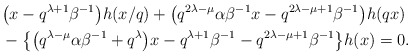
\begin{align*}&\big(x-q^{\lambda+1}\beta^{-1}\big)h(x/q) + \big(q^{2\lambda-\mu}\alpha\beta^{-1}x-q^{2\lambda-\mu+1}\beta^{-1}\big)h(qx) \\&{}-\big\{ \big(q^{\lambda-\mu}\alpha\beta^{-1}+q^{\lambda}\big)x-q^{\lambda+1}\beta^{-1} - q^{2\lambda-\mu+1}\beta^{-1}\big\}h(x)=0.\end{align*}